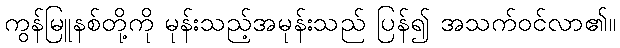
ကွန်မြူနစ်တို့ကို မုန်းသည့်အမုန်းသည် ပြန်၍ အသက်ဝင်လာ၏။